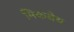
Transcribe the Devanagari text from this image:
मिकबेथ